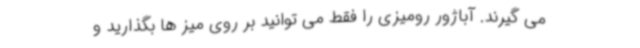
می گیرند. آباژور رومیزی را فقط می توانید بر روی میز ها بگذارید و